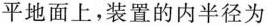
平地面上，装置的内半径为